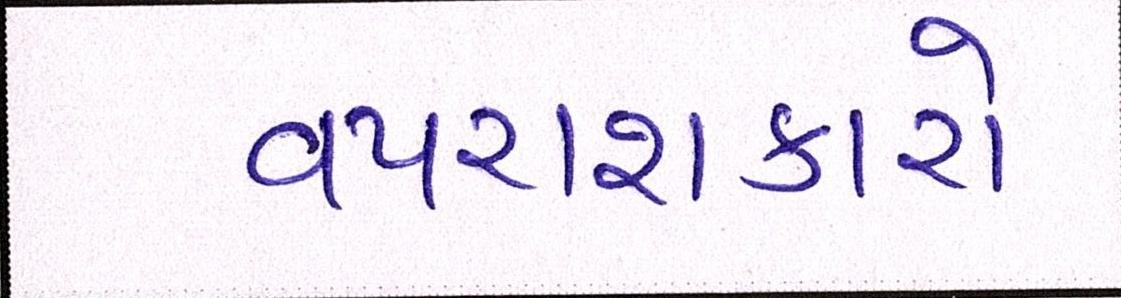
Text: વપરાશકારો